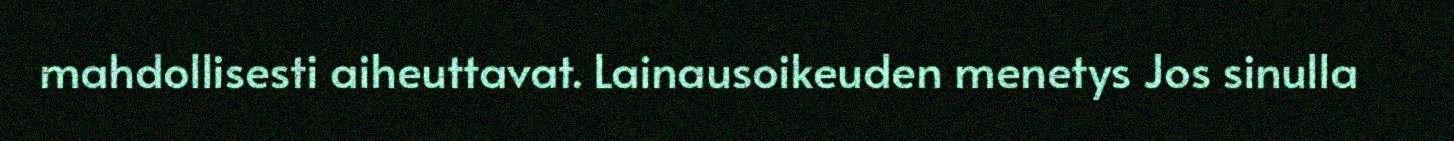
mahdollisesti aiheuttavat. Lainausoikeuden menetys Jos sinulla